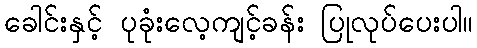
ခေါင်းနှင့် ပုခုံးလေ့ကျင့်ခန်း ပြုလုပ်ပေးပါ။